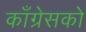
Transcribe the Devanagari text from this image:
काँग्रेसको